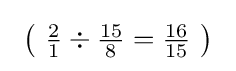
\ \left(\ {\tfrac {2}{1}}\div {\tfrac {15}{8}}={\tfrac {16}{15}}\ \right)~